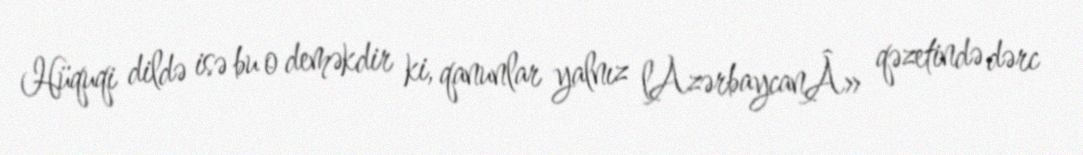
Hüquqi dildə isə bu o deməkdir ki, qanunlar yalnız lAzərbaycanÂ» qəzetində dərc